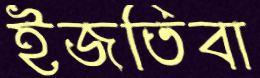
ইজতিবা